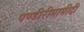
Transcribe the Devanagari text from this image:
पण्डीरीमामीदी